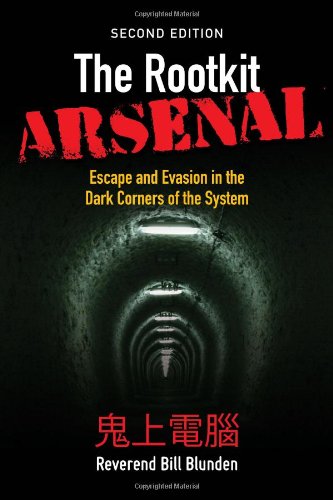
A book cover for The Rootkit Arsenal: Escape and Evasion in the Dark Corners of the System; Bill Blunden; Computers & Technology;